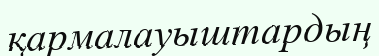
қармалауыштардың